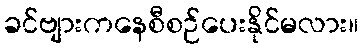
ခင်ဗျားကနေစီစဉ်ပေးနိုင်မလား။